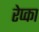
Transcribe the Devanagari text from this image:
रेप्का